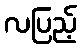
လပြည့်